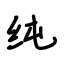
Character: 纯